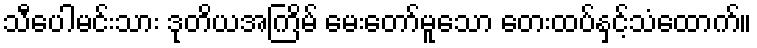
သီပေါမင်းသား ဒုတိယအကြိမ် မေးတော်မူသော တေးထပ်နှင့်သံထောက်။